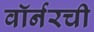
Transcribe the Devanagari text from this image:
वॉर्नरची